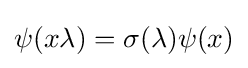
\psi (x\lambda )=\sigma (\lambda )\psi (x)